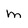
Character: m